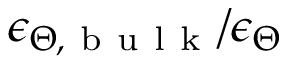
\epsilon _ { \Theta , \mathrm { ~ b ~ u ~ l ~ k ~ } } / \epsilon _ { \Theta }